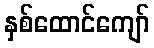
နှစ်ထောင်ကျော်